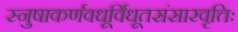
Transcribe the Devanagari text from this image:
स्नुषाकर्णवधूर्विधूतसंसारवृत्तिः